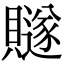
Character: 𧸙